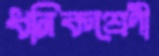
ধনিকশ্রেণী